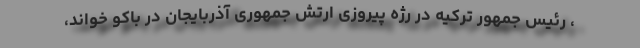
، رئیس جمهور ترکیه در رژه پیروزی ارتش جمهوری آذربایجان در باکو خواند،